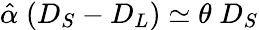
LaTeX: \hat{\alpha}\; (D_{S}-D_{L})\simeq\theta\; D_{S}